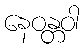
နေဝန္တဝါ